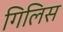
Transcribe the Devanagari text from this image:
गिलिस